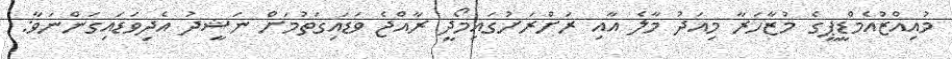
މުއިއްޒުއެމްޑީޕީގެ މުޒާހަރާ މިއަދު މާލެ އާއި ރަށްރަށުގައިމޯދީ ރާއްޖެ ވަޑައިގަތުމަށް ނަޝީދު އެދިވަޑައިގަންނަވާ: